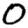
Digit: 0